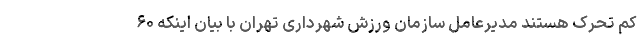
کم تحرک هستند مدیرعامل سازمان ورزش شهرداری تهران با بیان اینکه ۶۰